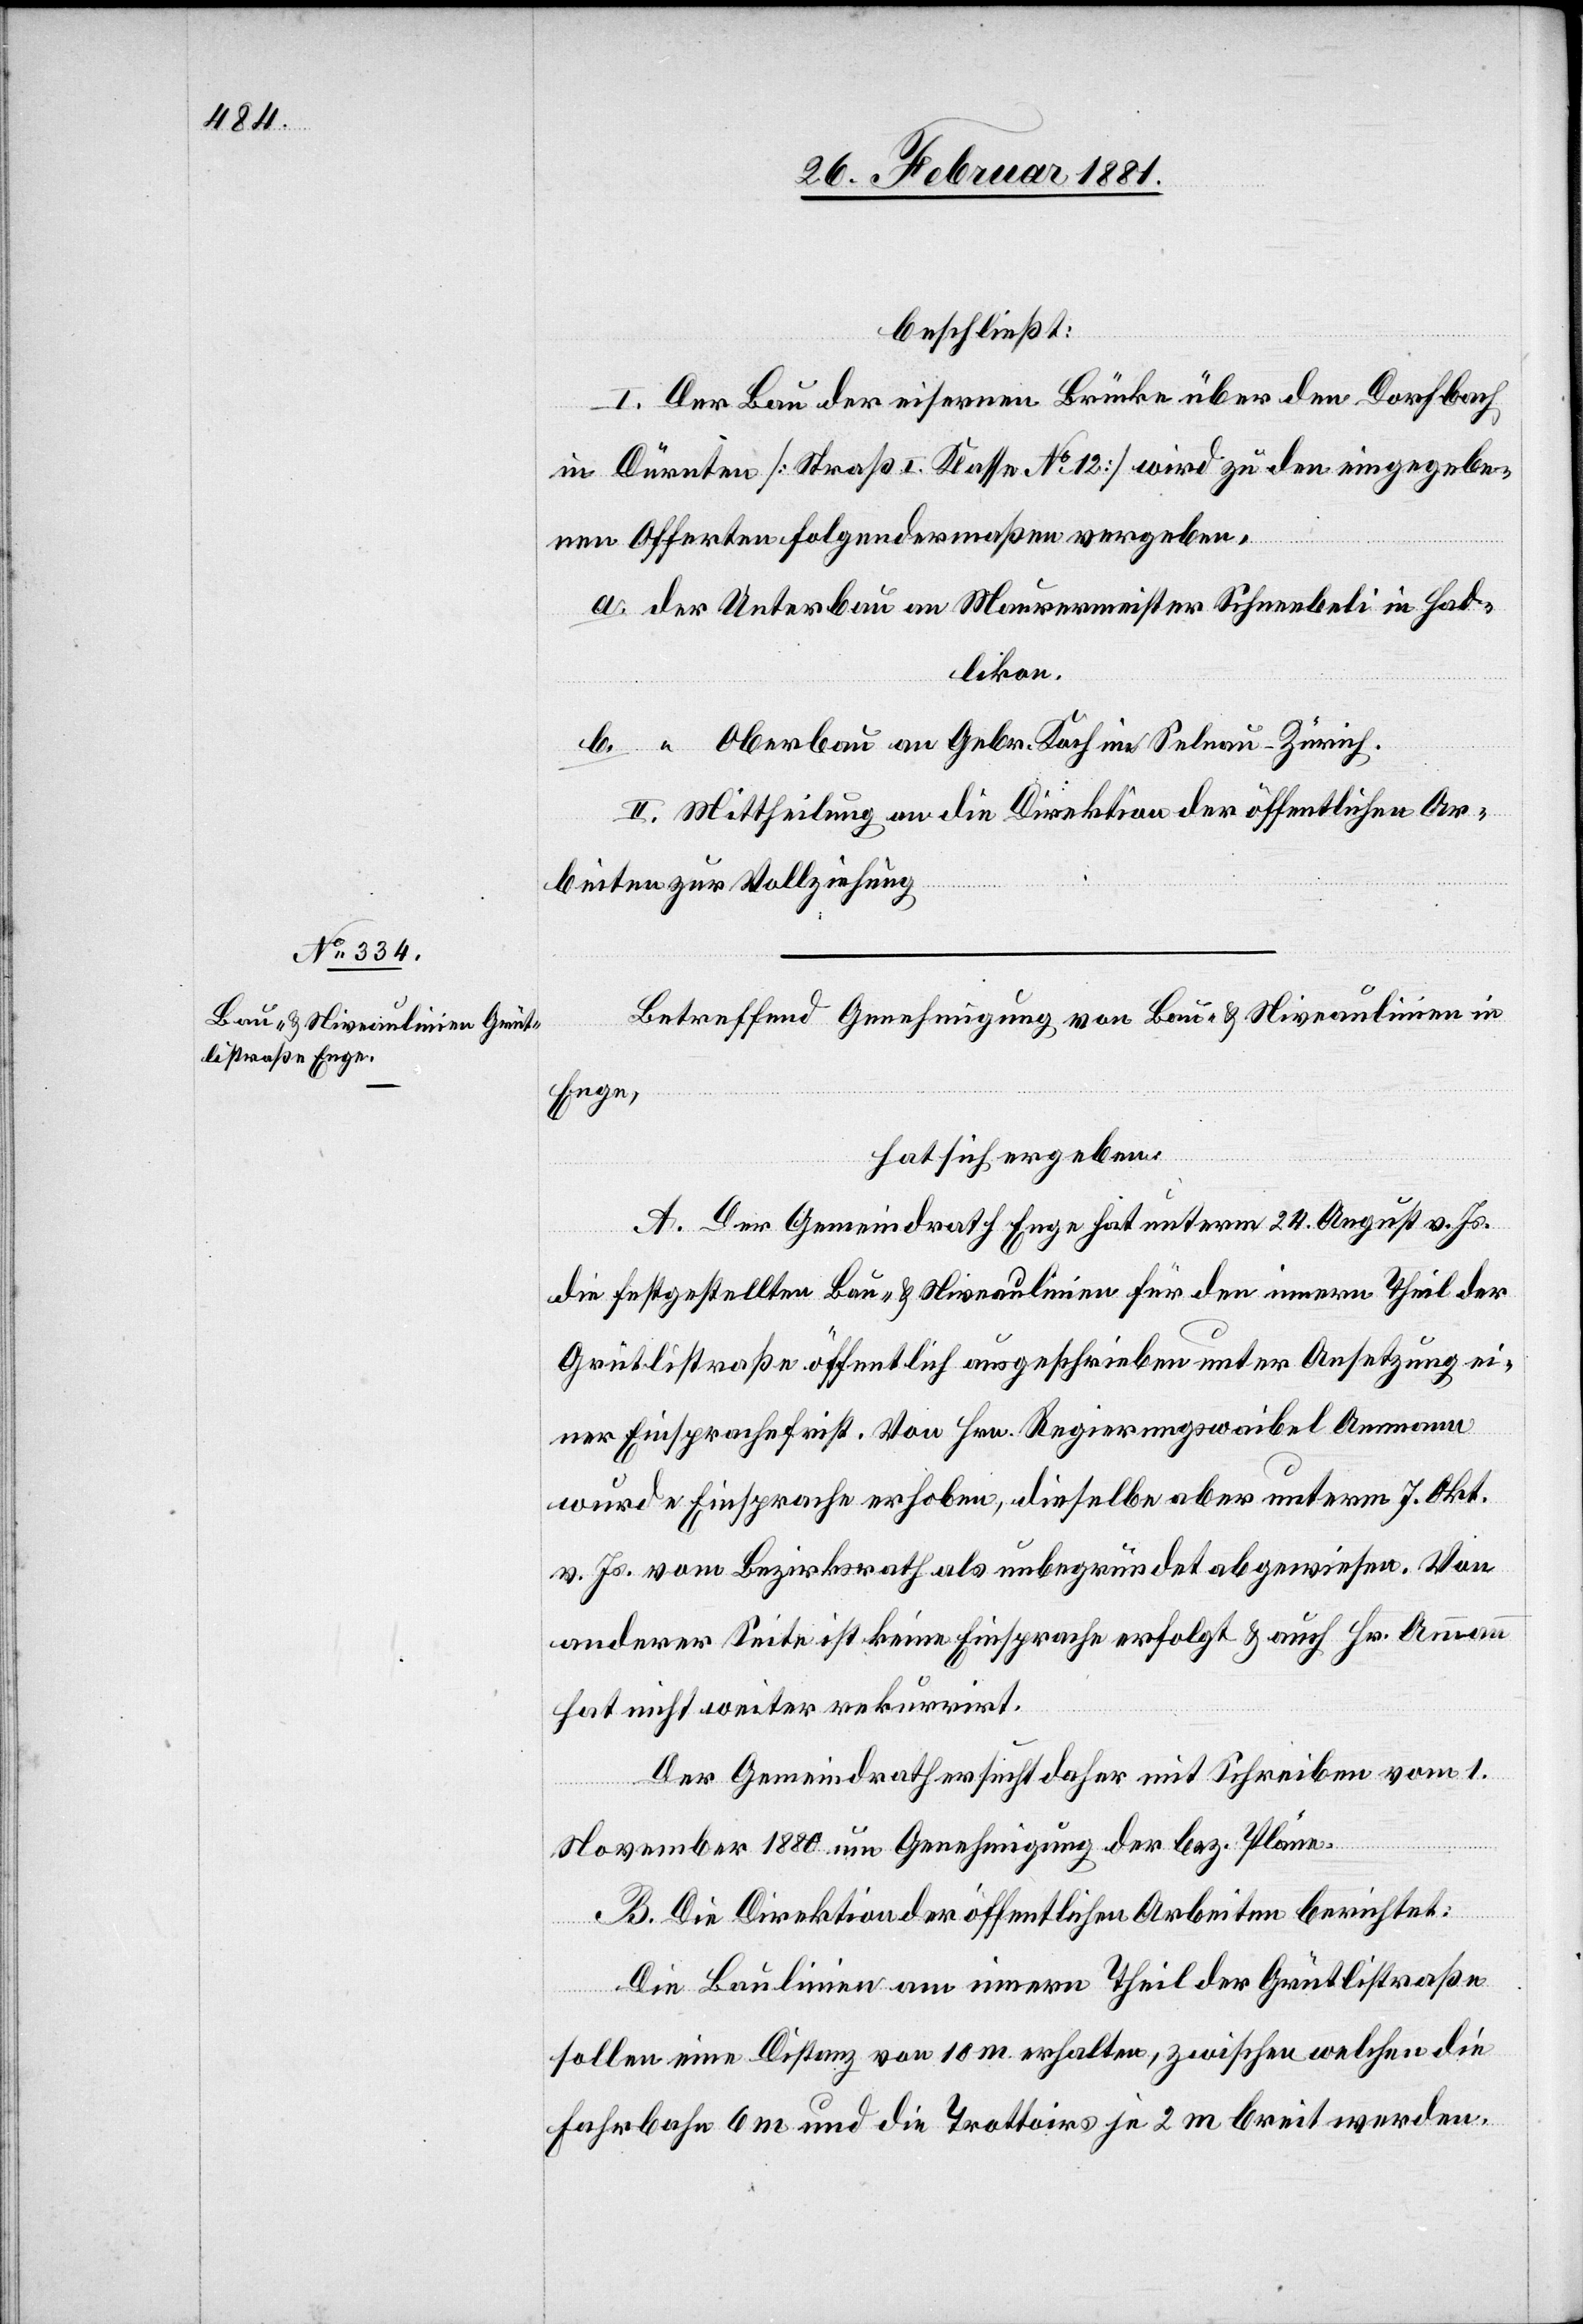
beschließt:
I. Der Bau der eisernen Brücke über den Dorfbach
in Dürnten [Straß[e] I. Klasse No 12] wird zu den eingegebe¬
nen Offerten folgendermaßen vergeben,
Hadlikon.
Oberbau an Gebr. Koch in Selnau - Zürich.
II. Mittheilung an die Direktion der öffentlichen Ar¬
beiten zur Vollziehung.
Betreffend Genehmigung von Bau- und Niveaulinien in
Enge,
hat sich ergeben:
A. Der Gemeindrath Enge hat unterm 24. Aegust [sic!] v.
die festgestellten Bau- & Niveaulinien für den innern Theil der
Grütlistraße öffentlich ausgeschrieben unter Ansetzung ei¬
ner Einsprachefrist. Von Hrn. Regierungswaibel Ammann
wurde Einsprache erhoben, dieselbe aber unterm 7. Okt.
v. Js. vom Bezirksrath als unbegründet abgewiesen. Von
anderer Seite ist keine Einsprache erfolgt & auch Hr. Ammann
hat nicht weiter rekurrirt.
Der Gemeindrath ersucht daher mit Schreiben vom 1.
November 1880 um Genehmigung der bez. Pläne.
B. Die Direktion der öffentlichen Arbeiten berichtet:
Die Baulinien am innern Theil der Grütlistraße
sollen eine Distanz von 10 m erhalten, zwischen welchen die
Fahrbahn 6 m und die Trottoirs je 2 m breit werden.